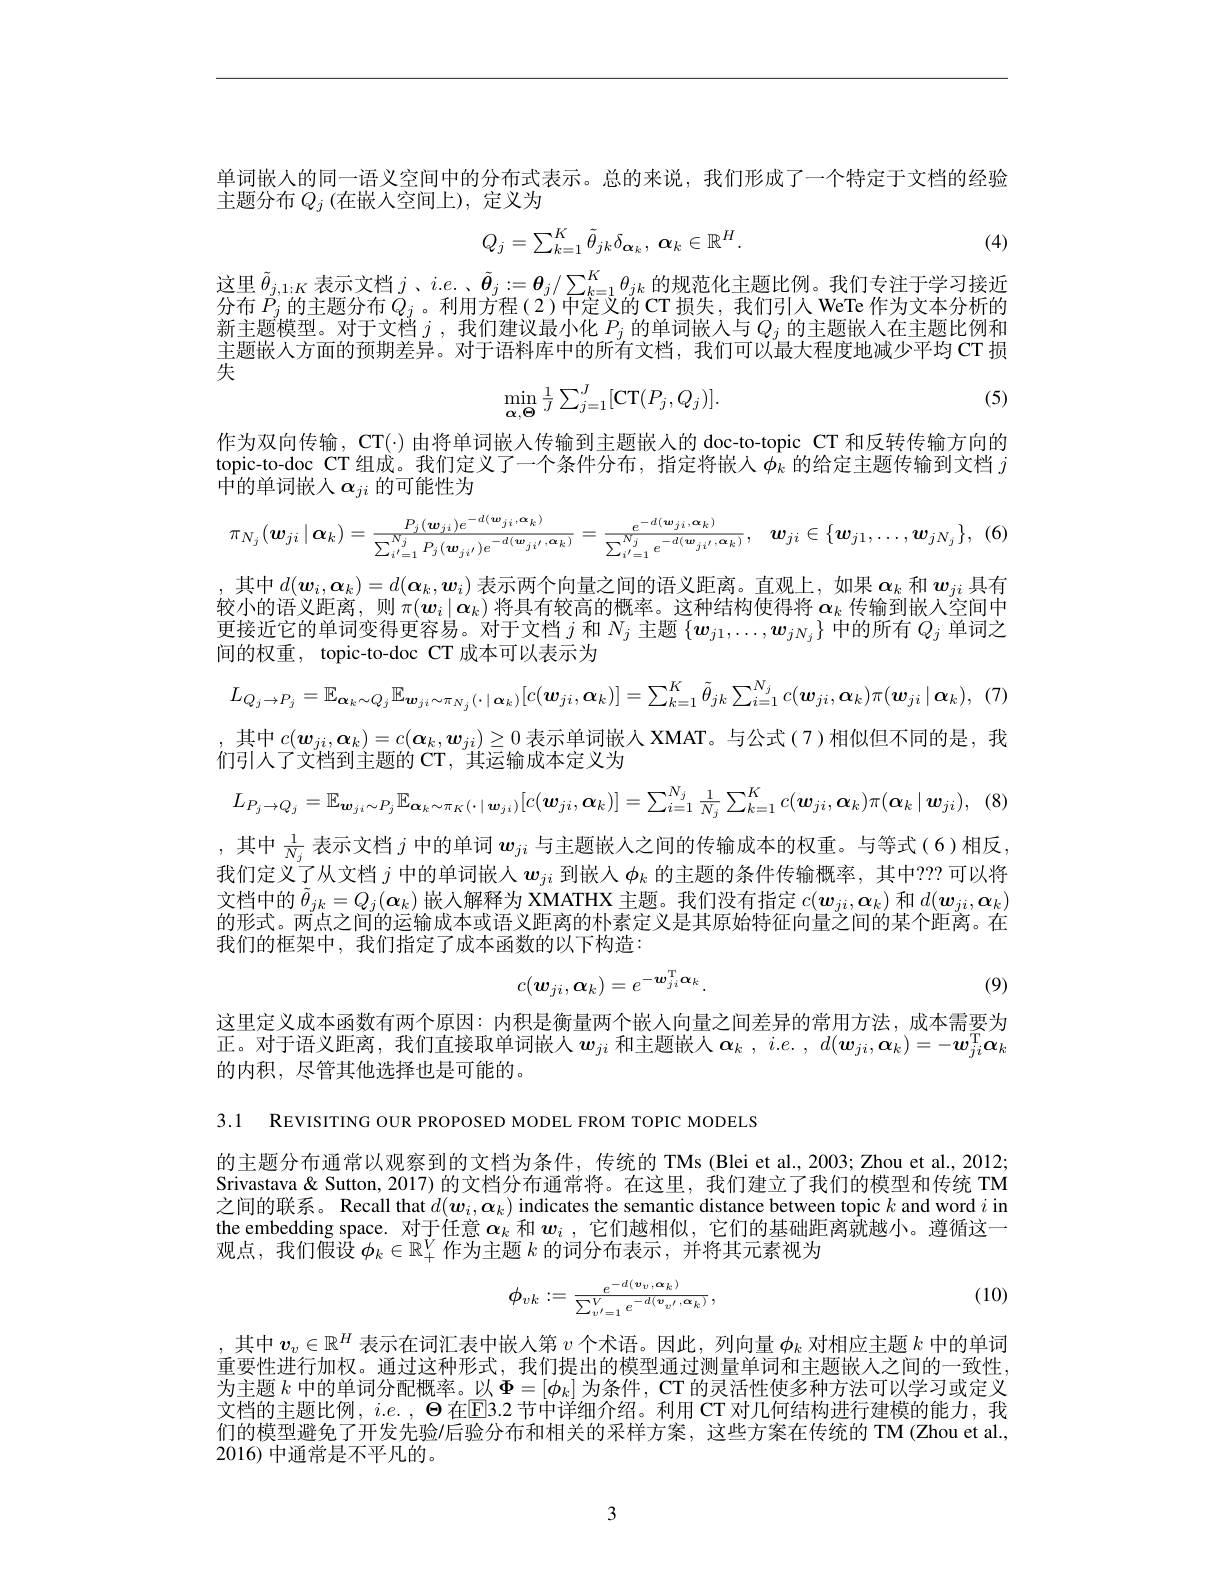
单词嵌人的同一语义空间中的分布式表示。总的来说，我们形成了一个特定于文档的经验
主题分布$Q_j$ (在嵌入空间上),定义为

(4)
$$Q_{j}=\sum_{k=1}^{K}\tilde{\theta}_{jk}\delta_{\alpha_{k}},\:\alpha_{k}\in\mathbb{R}^{H}.$$
这里$\tilde{\theta}_{j,1:K}$表示文档 $j$ 、$i.e.$ 、$\tilde{\boldsymbol{\theta}}_j:=\boldsymbol{\theta}_j/\sum_{k=1}^K\theta_{jk}$ 的规范化主题比例。我们专注于学习接近八女 $D$ 的文臣八女 O 利田之和(2) 中它对的$G$开始一个时间上 WNT 作为六十八折的

分布$P_j$ 的主题分布 $Q_j$。利用方程(2)中定义的 CT 损失，我们引入 WeTe 作为文本分析的新主题模型。对于文档$j$ ,我们建议最小化$P_j$的单词嵌人与$Q_j$的主题嵌入在主题比例和主题嵌人方面的预期差异。对于语料库中的所有文档，我们可以最大程度地减少平均 CT 损失
$$\min_{\alpha,\Theta}\frac{1}{J}\sum_{j=1}^{J}[\mathrm{CT}(P_{j},Q_{j})].$$
(5)

作为双向传输，CT(·) 由将单词嵌人传输到主题嵌入的 doc-to-topic CT 和反转传输方向的topic-to-doc CT 组成。我们定义了一个条件分布，指定将嵌人$\phi_k$ 的给定主题传输到文档 $j$ $\hat{\text{中的单词嵌人 }\alpha}_{ji}$的可能性为
$$\pi_{N_{j}}(\boldsymbol{w}_{ji}\mid\boldsymbol{\alpha}_{k})=\frac{P_{j}(\boldsymbol{w}_{ji})e^{-d(\boldsymbol{w}_{ji},\boldsymbol{\alpha}_{k})}}{\sum_{i^{\prime}=1}^{N_{j}}P_{j}(\boldsymbol{w}_{ji^{\prime}})e^{-d(\boldsymbol{w}_{ji^{\prime}},\boldsymbol{\alpha}_{k})}}=\frac{e^{-d(\boldsymbol{w}_{ji},\boldsymbol{\alpha}_{k})}}{\sum_{i^{\prime}=1}^{N_{j}}e^{-d(\boldsymbol{w}_{ji^{\prime}},\boldsymbol{\alpha}_{k})}},\quad\boldsymbol{w}_{ji}\in\{\boldsymbol{w}_{j1},\ldots,\boldsymbol{w}_{jN_{j}}\},$$
,其中$d(\boldsymbol w_i,\boldsymbol{\alpha}_k)=d(\boldsymbol{\alpha}_k,\boldsymbol{w}_i)$表示两个向量之间的语义距离。直观上，如果$\boldsymbol\alpha_k$和$\boldsymbol w_ji$具有较小的语义距离，则$\pi(w_i\mid\alpha_k)$将具有较高的概率。这种结构使得将$\alpha_k$传输到嵌入空间中更接近它的单词变得更容易。对于文档$j$和$N_j$主题$\{\boldsymbol w_{j1},\ldots,\boldsymbol w_{jN_j}\}$中的所有$Q_j$单词之间的权重，topic-to-doc CT 成本可以表示为
$$L_{Q_{j}\rightarrow P_{j}}=\mathbb{E}_{\boldsymbol{\alpha}_{k}\sim Q_{j}}\mathbb{E}_{\boldsymbol{w}_{ji}\sim\pi_{N_{j}}(\cdot\mid\boldsymbol{\alpha}_{k})}[c(\boldsymbol{w}_{ji},\boldsymbol{\alpha}_{k})]=\sum_{k=1}^{K}\bar{\theta}_{jk}\sum_{i=1}^{N_{j}}c(\boldsymbol{w}_{ji},\boldsymbol{\alpha}_{k})\pi(\boldsymbol{w}_{ji}\mid\boldsymbol{\alpha}_{k}),$$
其中$c(\boldsymbol{w}_{ji},\boldsymbol{\alpha}_k)=c(\boldsymbol{\alpha}_k,\boldsymbol{w}_{ji})\geq0$表示单词嵌入 XMAT。与公式(7)相似但不同的是，我
们引入了文档到主题的 CT, 其运输成本定义为
$$L_{P_{j}\rightarrow Q_{j}}=\mathbb{E}_{\boldsymbol{w}_{ji}\sim P_{j}}\mathbb{E}_{\boldsymbol{\alpha}_{k}\sim\pi_{K}(\cdot\mid\boldsymbol{w}_{ji})}[c(\boldsymbol{w}_{ji},\boldsymbol{\alpha}_{k})]=\sum_{i=1}^{N_{j}}\frac{1}{N_{j}}\sum_{k=1}^{K}c(\boldsymbol{w}_{ji},\boldsymbol{\alpha}_{k})\pi(\boldsymbol{\alpha}_{k}\mid\boldsymbol{w}_{ji}),$$
,其中$\frac1{N_j}$表示文档$j$中的单词$w_{ji}$与主题嵌人之间的传输成本的权重。与等式(6)相反， 我们定义了从文档$j$中的单词嵌人$w_{ji}$到嵌入$\phi_k$的主题的条件传输概率，其中？??可以将文档中的$\tilde{\theta}_jk=Q_j(\boldsymbol{\alpha}_k)$ 嵌人解释为 XMATHX 主题。我们没有指定$c(\boldsymbol w_{ji},\boldsymbol{\alpha}_k)$ 和 $d(\boldsymbol w_{ji},\boldsymbol{\alpha}_k)$ 的形式。两点之间的运输成本或语义距离的朴素定义是其原始特征向量之间的某个距离。在我们的框架中，我们指定了成本函数的以下构造：
$$c(\boldsymbol{w}_{ji},\boldsymbol{\alpha}_{k})=e^{-\boldsymbol{w}_{ji}^\mathrm{T}\boldsymbol{\alpha}_{k}}.$$
(9)

这里定义成本函数有两个原因：内积是衡量两个嵌人向量之间差异的常用方法，成本需要为正。对于语义距离，我们直接取单词嵌人$\boldsymbol w_ji$ 和主题嵌人 $\boldsymbol\alpha_k,i.e.,d(\boldsymbol{w}_{ji},\boldsymbol{\alpha}_k)=-\boldsymbol{w}_{ji}^\mathrm{T}\boldsymbol{\alpha}_k$ 的内积，尽管其他选择也是可能的。

3.1 REVISITING OUR PROPOSED MODEL FROM TOPIC MODELS

的主题分布通常以观察到的文档为条件，传统的 TMs(Blei et al.,2003; Zhou et al., 2012; Srivastava & Sutton, 2017) 的文档分布通常将。在这里，我们建立了我们的模型和传统 TM 之间的联系。Recall that $d(\boldsymbol w_i,\boldsymbol{\alpha}_k)$ indicates the semantic distance between topic $k$ and word $i$ in the embedding space. 对于任意$\alpha_k$和$w_i$ ,它们越相似，它们的基础距离就越小。遵循这一观点，我们假设$\phi_k\in\mathbb{R}_+^V$作为主题$k$的词分布表示，并将其元素视为

(10)
$$\phi_{vk}:=\frac{e^{-d(\boldsymbol{v}_{v},\boldsymbol{\alpha}_{k})}}{\sum_{v^{\prime}=1}^{V}e^{-d(\boldsymbol{v}_{v^{\prime}},\boldsymbol{\alpha}_{k})}},$$
,其中$v_v\in\mathbb{R}^H$表示在词汇表中嵌人第$v$个术语。因此，列向量$\phi_k$对相应主题$k$中的单词重要性进行加权。通过这种形式，我们提出的模型通过测量单词和主题嵌人之间的一致性， 为主题$k$中的单词分配概率。以$\Phi=[\phi_k]$为条件，CT 的灵活性使多种方法可以学习或定义文档的主题比例，$i.e.,\Theta$在EB.2 节中详细介绍。利用 CT 对几何结构进行建模的能力，我们的模型避免了开发先验$\prime$后验分布和相关的采样方案，这些方案在传统的 TM (Zhou et al., 2016)中通常是不平凡的。

3